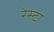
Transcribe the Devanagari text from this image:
रेस्टा